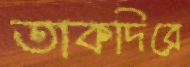
তাকদিরে